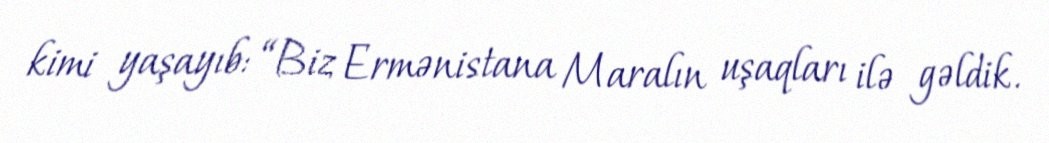
kimi yaşayıb: “Biz Ermənistana Maralın uşaqları ilə gəldik.